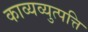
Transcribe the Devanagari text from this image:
काव्यव्युत्पत्ति